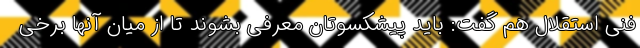
فنی استقلال هم گفت: باید پیشکسوتان معرفی بشوند تا از میان آنها برخی